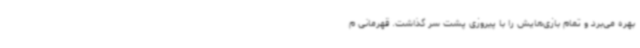
بهره می‌برد و تمام بازی‌هایش را با پیروزی پشت سر گذاشت. قهرمانی م